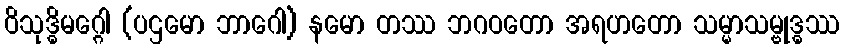
ဝိသုဒ္ဓိမဂ္ဂေါ (ပဌမော ဘာဂေါ) နမော တဿ ဘဂဝတော အရဟတော သမ္မာသမ္ဗုဒ္ဓဿ